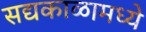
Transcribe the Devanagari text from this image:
सद्यकाळामध्ये